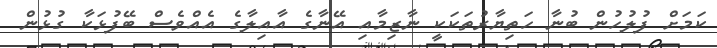
ކަމަށް ފުލުހުން ބުނާ ހަތިޔާރުތަކަކީ ނާޒިމާއި އޭނާގެ އާއިލާގެ އެއްވެސް ބޭފުޅަކާ ގުޅުން